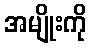
အမျိုးကို